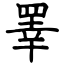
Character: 睪